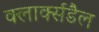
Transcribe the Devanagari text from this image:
क्लार्क्सडैल